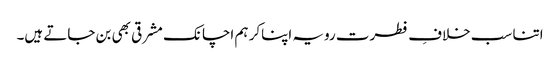
اتنا سب خلافِ فطرت رویہ اپناکر ہم اچانک مشرقی بھی بن جاتے ہیں۔